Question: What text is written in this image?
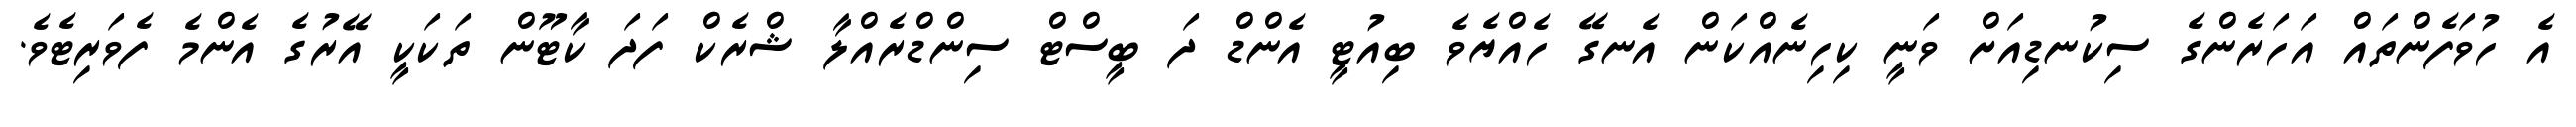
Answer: އެ ހުވަފެންތައް އަހަރެންގެ ސިކުނޑިއަށް ވަނީ ކިހިނެއްކަން އެނގޭ ހެއްޔެވެ ބިއުޓީ އެންޑް ދަ ބީސްޓް ސިންޑްރެއްލާ ޝްރެކް ފަދަ ކާޓޫން ތަކަކީ އޭރުގެ އެންމެ ފެވަރިޓެވެ.